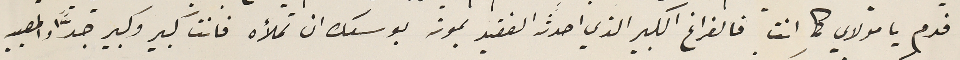
فدم يا مولاي كما انت فالفراغ الكبير الذي احدثه الفقيد بموته بوسعك ان تملأه فانت كبير وكبير جدًّا والمصيبه